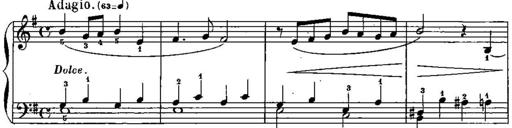
Title: Trois sonatines
Composer: Maurice Emmanuel